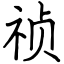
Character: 祯